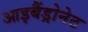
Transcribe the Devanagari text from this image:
आइबैंड्रोनेट